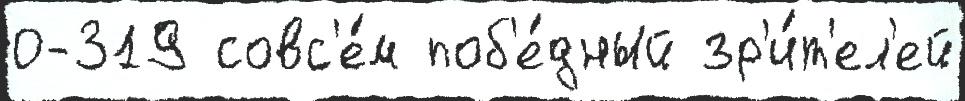
0-319 совс'е́м поб'е́дный зр'и́т'ел'ей